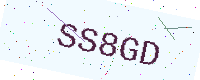
Text: SS8GD